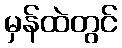
မှန်ထဲတွင်